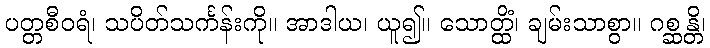
ပတ္တစီဝရံ၊ သပိတ်သင်္ကန်းကို။ အာဒါယ၊ ယူ၍။ သောတ္ထိံ၊ ချမ်းသာစွာ။ ဂစ္ဆန္တိ၊